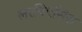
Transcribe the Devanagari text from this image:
लरनिएसिस